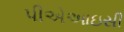
પીએઆઇસી